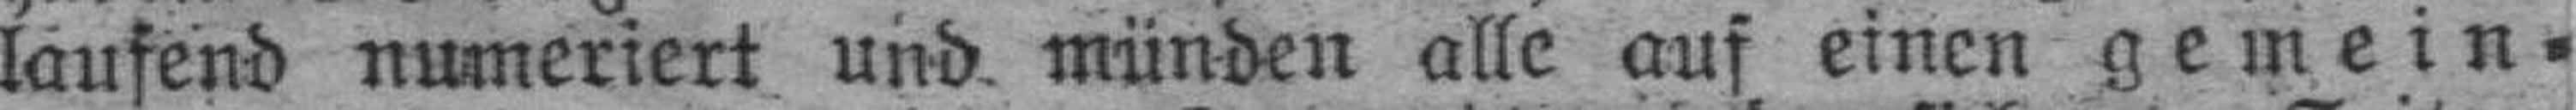
laufend numeriert und münden alle auf einen gemein¬